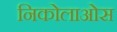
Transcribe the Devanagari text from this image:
निकोलाओस